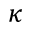
\kappa